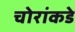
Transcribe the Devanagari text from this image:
चोरांकडे